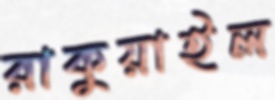
রাকুয়াইল